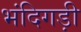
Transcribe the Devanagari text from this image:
भंदिगड़ी